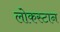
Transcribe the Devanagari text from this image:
लोकस्टान